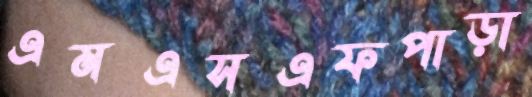
এমএসএফপাড়া